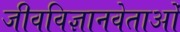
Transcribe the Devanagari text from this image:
जीवविज्ञानवेताओं